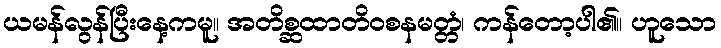
ယမန်လွန်ပြီးနေ့ကမူ။ အတိစ္ဆထာတိဝစနမတ္တံ၊ ကန်တော့ပါ၏။ ဟူသော